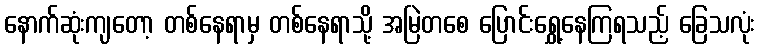
နောက်ဆုံးကျတော့ တစ်နေရာမှ တစ်နေရာသို့ အမြဲတစေ ပြောင်းရွှေ့နေကြရသည့် ခြေသလုံး